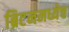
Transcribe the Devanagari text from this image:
ब्रिटनमध्येच